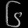
Digit: ၆